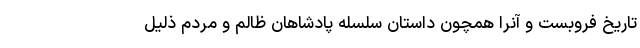
تاریخ فروبست و آنرا همچون داستان سلسله پادشاهان ظالم و مردم ذلیل